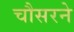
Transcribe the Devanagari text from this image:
चौसरने